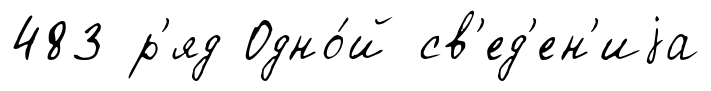
483 р'яд Одно́й св'ед'ен'иjа